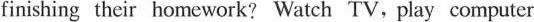
finishing their homework?Watch TV,piay computer